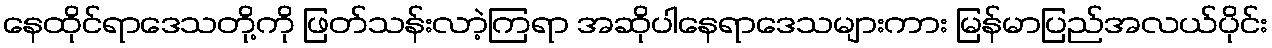
နေထိုင်ရာဒေသတို့ကို ဖြတ်သန်းလာဲ့ကြရာ အဆိုပါနေရာဒေသများကား မြန်မာပြည်အလယ်ပိုင်း